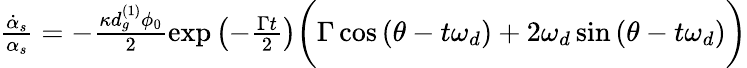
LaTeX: \begin{array}{r}{\frac{\dot{\alpha}_{s}}{\alpha_{s}}=-\frac{\kappa d_{g}^{(1)}\phi_{0}}{2}\exp{\left(-\frac{\Gamma t}{2}\right)}\bigg(\Gamma\cos\left(\theta-t\omega_{d}\right)+2\omega_{d}\sin\left(\theta-t\omega_{d}\right)\bigg)}\end{array}